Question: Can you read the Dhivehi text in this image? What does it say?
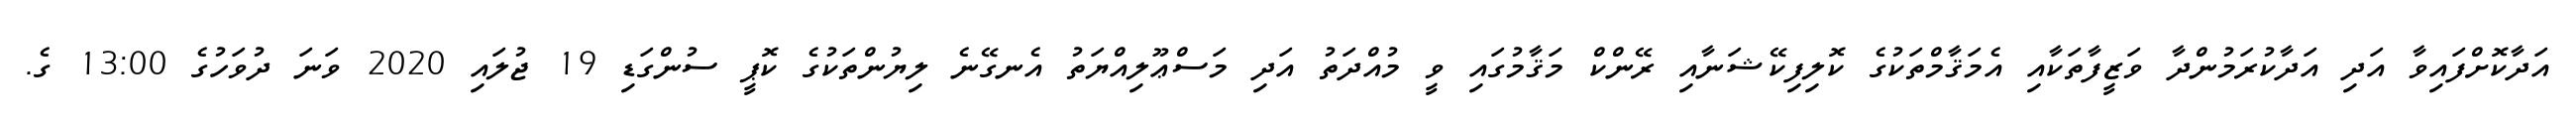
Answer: އަދާކޮށްފައިވާ އަދި އަދާކުރަމުންދާ ވަޒީފާތަކާއި އެމަޤާމްތަކުގެ ކޮލިފިކޭޝަނާއި ރޭންކް މަޤާމުގައި ވީ މުއްދަތު އަދި މަސްޢޫލިއްޔަތު އެނގޭނެ ލިޔުންތަކުގެ ކޮޕީ ސުންގަޑި 19 ޖުލައި 2020 ވަނަ ދުވަހުގެ 13:00 ގެ.